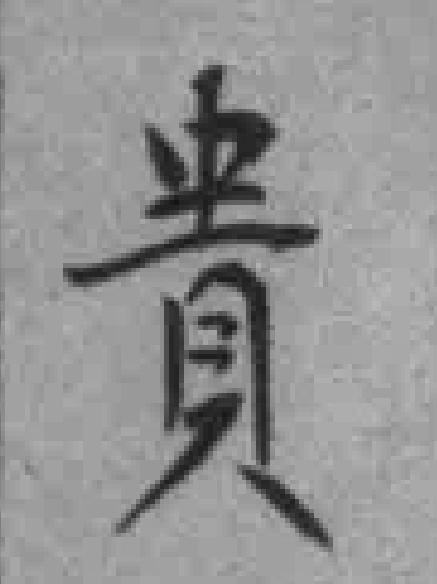
貴